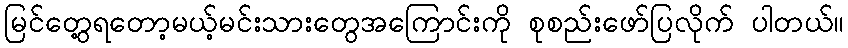
မြင်တွေ့ရတော့မယ့်မင်းသားတွေအကြောင်းကို စုစည်းဖော်ပြလိုက် ပါတယ်။